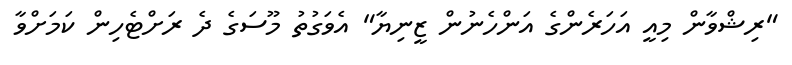
"ރިޝްވާން މިއީ އަހަރެންގެ އަންހެނުން ޒީނިޔާ" އެވަގުތު މޫސަގެ ދެ ރަށްޓެހިން ކަމަށްވާ